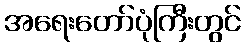
အရေးတော်ပုံကြီးတွင်